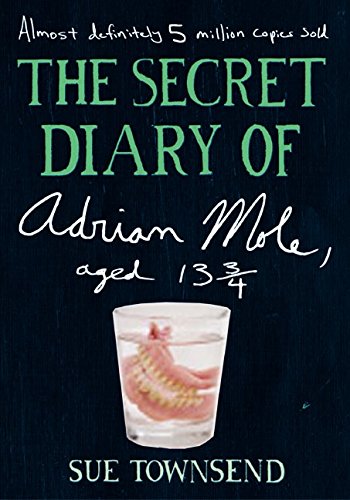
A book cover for The Secret Diary of Adrian Mole, Aged 13 3/4; Sue Townsend; Teen & Young Adult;